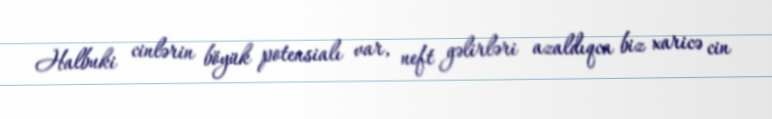
Halbuki cinlərin böyük potensialı var, neft gəlirləri azaldıqca biz xaricə cin